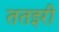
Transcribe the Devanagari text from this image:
ततइरी